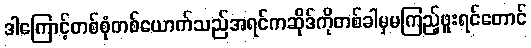
ဒါကြောင့်တစ်စုံတစ်ယောက်သည်အရင်ကဆိုဒ်ကိုတစ်ခါမှမကြည့်ဖူးရင်တောင်